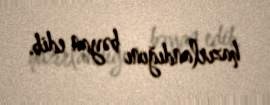
hazırlandığını bəyan edib.